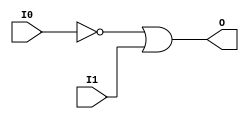
module OR2B1 (O, I0, I1);

    output O;

    input  I0, I1;

    wire i0_inv;

    not N0 (i0_inv, I0);
    or O1 (O, i0_inv, I1);


endmodule